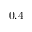
0 . 4